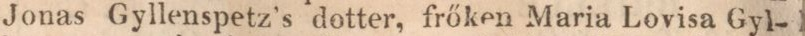
Jonas Gyllenspetz’s dotter, frőken Maria Lovisa Gyl-